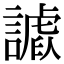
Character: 𧫪